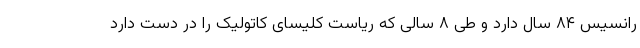
رانسیس ۸۴ سال دارد و طی ۸ سالی که ریاست کلیسای کاتولیک را در دست دارد